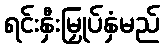
ရင်းနှီးမြှုပ်နှံမည်